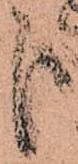
哉